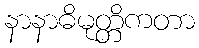
နာနာဓိမုတ္တိကတာ